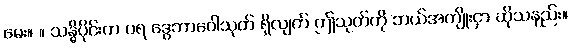
မေး။ ။ သန္ဓိပိုင်းက ပရ ဒွေဘာဝေါသုတ် ရှိလျက် ဤသုတ်ကို ဘယ်အကျိုးငှာ ဆိုသနည်း။